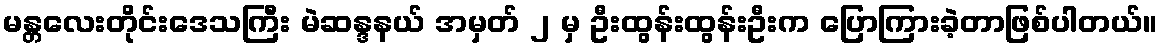
မန္တလေးတိုင်းဒေသကြီး မဲဆန္ဒနယ် အမှတ် ၂ မှ ဦးထွန်းထွန်းဦးက ပြောကြားခဲ့တာဖြစ်ပါတယ်။